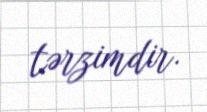
tərzimdir.